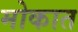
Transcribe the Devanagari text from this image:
मोकात